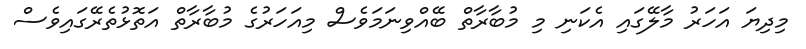
މިދިޔަ އަހަރު މާލޭގައި އެކަނި މި މުބާރާތް ބޭއްވިނަމަވެސް މިއަހަރުގެ މުބާރާތް އަތޮޅުތެރޭގައިވެސް